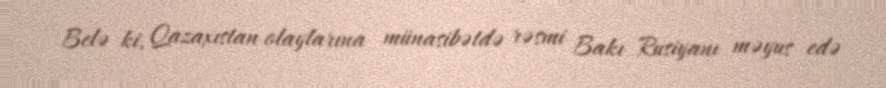
Belə ki, Qazaxıstan olaylarına münasibətdə rəsmi Bakı Rusiyanı məyus edə